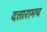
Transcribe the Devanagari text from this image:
दत्तारामच